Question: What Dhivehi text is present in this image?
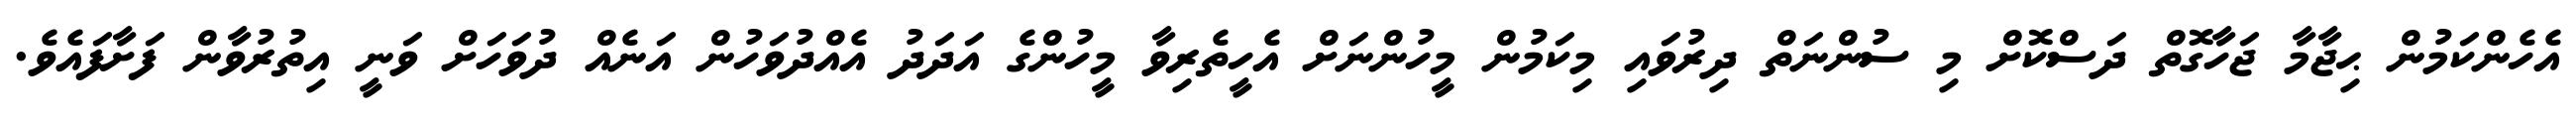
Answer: އެހެންކަމުން ޙިޖާމާ ޖަހާގޮތް ދަސްކޮށް މި ސުންނަތް ދިރުވައި މިކަމުން މީހުންނަށް އެހީތެރިވާ މީހުންގެ އަދަދު އެއްދުވަހުން އަނެއް ދުވަހަށް ވަނީ އިތުރުވާން ފަށާފައެވެ.